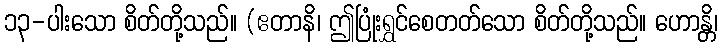
၁၃-ပါးသော စိတ်တို့သည်။ (ဧတာနိ၊ ဤပြုံးရွှင်စေတတ်သော စိတ်တို့သည်။ ဟောန္တိ၊